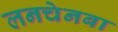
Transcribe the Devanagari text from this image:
लनचेनबा